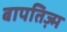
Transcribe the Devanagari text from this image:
बापतिज़्म